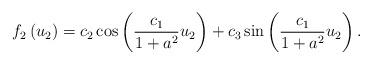
LaTeX: \begin{align*}f_{2}\left( u_{2}\right) =c_{2}\cos \left( \frac{c_{1}}{1+a^{2}}u_{2}\right)+c_{3}\sin \left( \frac{c_{1}}{1+a^{2}}u_{2}\right) . \end{align*}